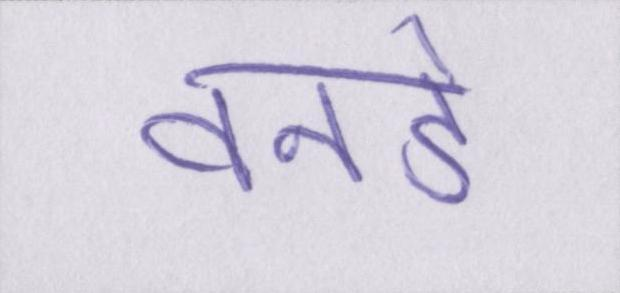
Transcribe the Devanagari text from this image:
वनडे